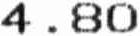
4.80